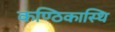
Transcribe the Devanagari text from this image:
कण्ठिकास्थि